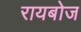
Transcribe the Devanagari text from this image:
रायबोज